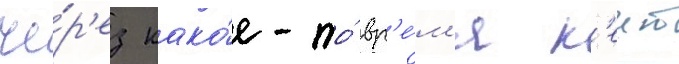
че́р'ез како́е-то́ вр'е́м'я к'еит